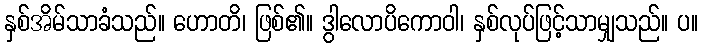
နှစ်အိမ်သာခံသည်။ ဟောတိ၊ ဖြစ်၏။ ဒွါလောပိကောဝါ၊ နှစ်လုပ်ဖြင့်သာမျှသည်။ ပ။